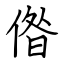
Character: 偺